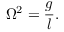
\Omega ^ { 2 } = { \frac { g } { l } } .